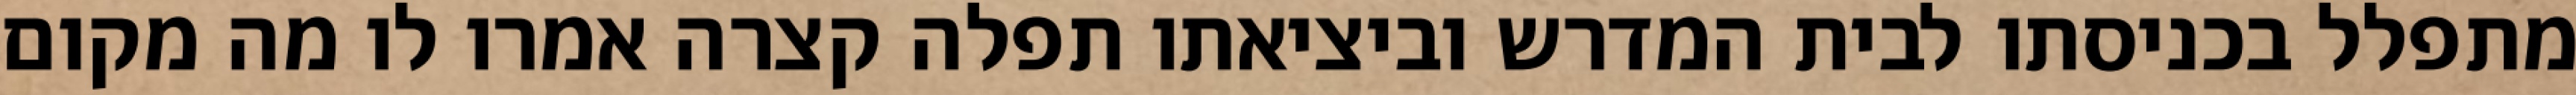
מתפלל בכניסתו לבית המדרש וביציאתו תפלה קצרה אמרו לו מה מקום